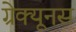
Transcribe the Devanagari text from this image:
ग्रेक्यूनस